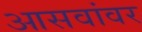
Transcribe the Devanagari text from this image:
आसवांवर